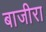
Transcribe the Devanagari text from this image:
बाजीरा